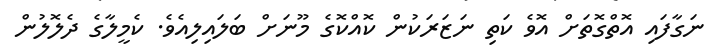
ނަގާފައި އޮތްގޮތަށް އޮވެ ކަތި ނަޒަރަކުން ކޮއްކޮގެ މޫނަށް ބަލައިލިއެވެ. ކެމީލާގެ ދެލޮލުން